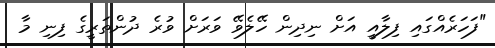
"ފަހަރެއްގައި ފިލާއީ އަށް ނިދިން ހޭލެވޭ ވަރަށް ވުރެ ދުންތަރީގެ ފިނި މާ